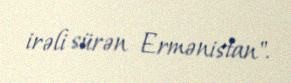
irəli sürən Ermənistan".